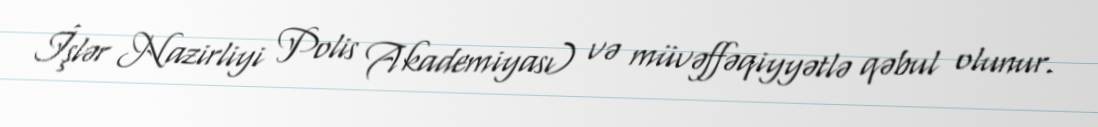
İşlər Nazirliyi Polis Akademiyası) və müvəffəqiyyətlə qəbul olunur.